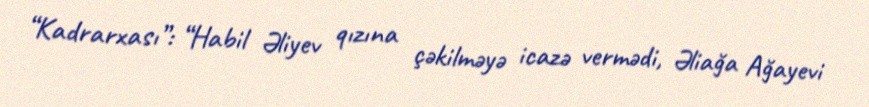
“Kadrarxası”: “Habil Əliyev qızına çəkilməyə icazə vermədi, Əliağa Ağayevi